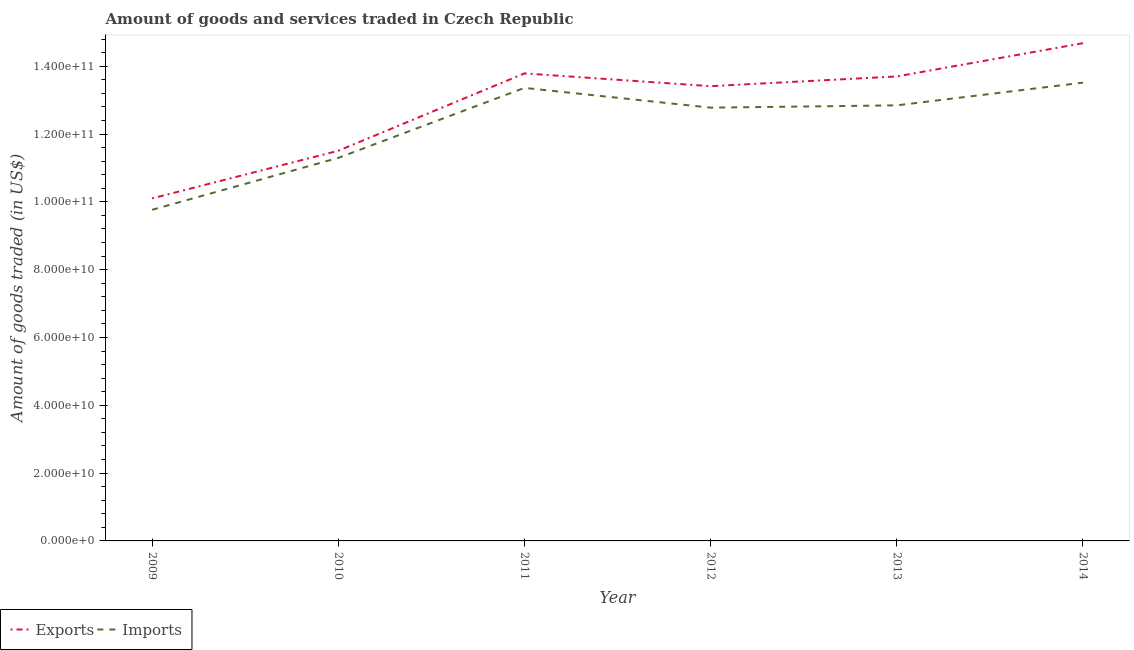
| Year | Exports | Imports |
 | --- | --- | --- |
 | 2009 | 1.01e+11 | 9.77e+10 |
 | 2010 | 1.15e+11 | 1.13e+11 |
 | 2011 | 1.38e+11 | 1.34e+11 |
 | 2012 | 1.34e+11 | 1.28e+11 |
 | 2013 | 1.37e+11 | 1.28e+11 |
 | 2014 | 1.47e+11 | 1.35e+11 |